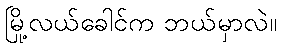
မြို့လယ်ခေါင်က ဘယ်မှာလဲ။